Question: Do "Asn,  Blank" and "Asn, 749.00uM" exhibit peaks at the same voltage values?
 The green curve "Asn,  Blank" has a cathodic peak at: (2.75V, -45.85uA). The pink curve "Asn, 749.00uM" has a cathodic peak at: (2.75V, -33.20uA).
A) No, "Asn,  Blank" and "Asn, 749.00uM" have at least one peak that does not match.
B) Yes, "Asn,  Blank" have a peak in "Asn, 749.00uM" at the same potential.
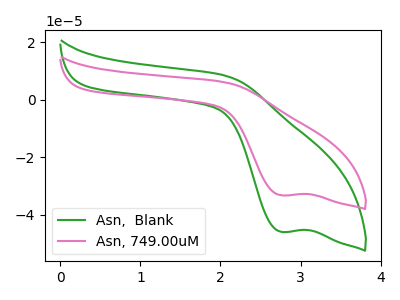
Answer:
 <answer>B) Yes, "Asn,  Blank" have a peak in "Asn, 749.00uM" at the same potential.</answer>
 <eval>B</eval>